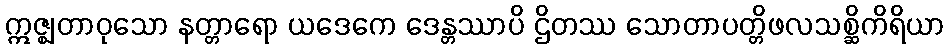
ဣဇ္ဈတာဝုသော နတ္တာရော ယဒေကေ ဒေန္တဿာပိ ဌိတဿ သောတာပတ္တိဖလသစ္ဆိကိရိယာ